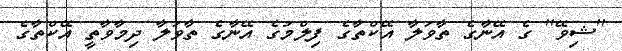
''ޝިވޭ'' ގެ އޭނާގެ ތާވަލާ އޭކްތާގެ ފިލްމުގެ އޭނާގެ ތާވަލާ ދިމާވާތީ އޭކްތާގެ